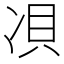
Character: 𱐅